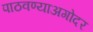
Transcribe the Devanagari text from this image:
पाठवण्याअगोदर